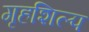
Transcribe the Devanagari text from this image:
गृहशिल्प